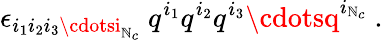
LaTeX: \epsilon_{i_{1}i_{2}i_{3}\cdotsi_{\mathbb{N}_{c}}}\ q^{i_{1}}q^{i_{2}}q^{i_{3}}\cdotsq^{i_{\mathbb{N}_{c}}}\ .